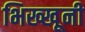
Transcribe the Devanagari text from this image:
भिख्खूनी